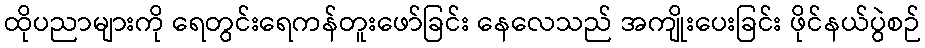
ထိုပညာများကို ရေတွင်းရေကန်တူးဖော်ခြင်း နေလေသည် အကျိုးပေးခြင်း ဖိုင်နယ်ပွဲစဉ်